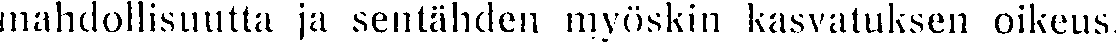
mahdollisuutta ja sentähden myöskin kasvatuksen oikeus.